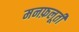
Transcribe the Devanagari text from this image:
मनफ़लूती